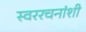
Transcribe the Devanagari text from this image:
स्वररचनांशी